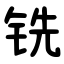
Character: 铣